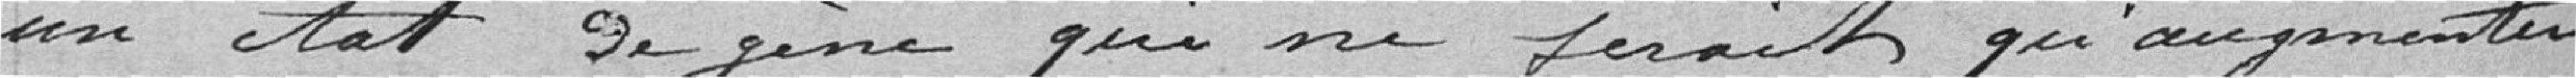
un état de gène qui ne ferait qu'augmenter